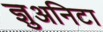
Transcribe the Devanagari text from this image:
ज्ञुअनिटा